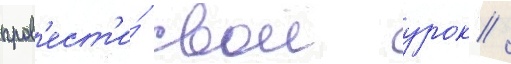
пров'ест'и́ свои урок /